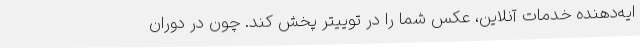
ایه‌دهنده خدمات آنلاین، عکس شما را در توییتر پخش کند. چون در دوران